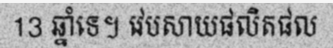
13 ឆ្នាំទេ។ វេបសាយផលិតផល